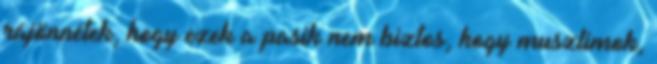
rájönnétek, hogy ezek a pasik nem biztos, hogy muszlimok,